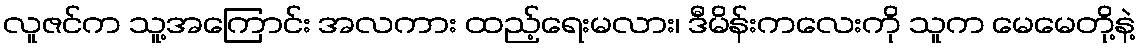
လူဇင်က သူ့အကြောင်း အလကား ထည့်ရေးမလား၊ ဒီမိန်းကလေးကို သူက မေမေတို့နဲ့